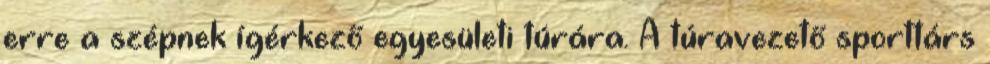
erre a szépnek ígérkező egyesületi túrára. A túravezető sporttárs